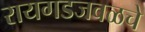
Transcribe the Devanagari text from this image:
रायगडजवळचे